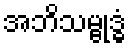
အဘိသမ္ဗုဒ္ဓံ